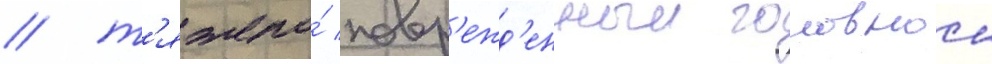
/ т'яжело́ повр'ежд'енныи головнои